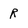
Character: R